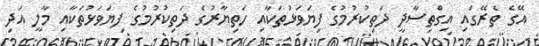
އޭގެ ތެރޭގައި އިގްތިސާދީ ދަތިކުރުމުގެ ފިޔަވަޅުތަކާއި ހަތިޔާރުގެ ދަތިކުރުމުގެ ފިޔަވަޅުތަކާއި މާލީ އަދި